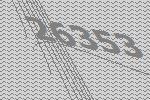
26353